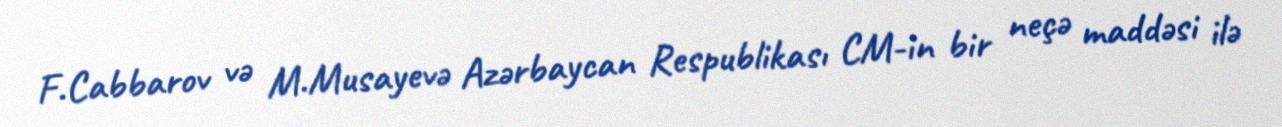
F.Cabbarov və M.Musayevə Azərbaycan Respublikası CM-in bir neçə maddəsi ilə